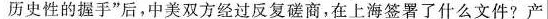
历史性的握手”后，中美双方经过反复磋商，在上海签署了什么文件?产